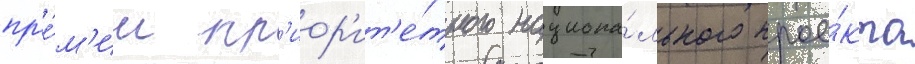
пр'е́м'ии пр'иор'ит'е́тного национа́льного прое́кта